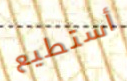
أستطيع